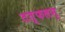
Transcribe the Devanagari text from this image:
तत्फलम्